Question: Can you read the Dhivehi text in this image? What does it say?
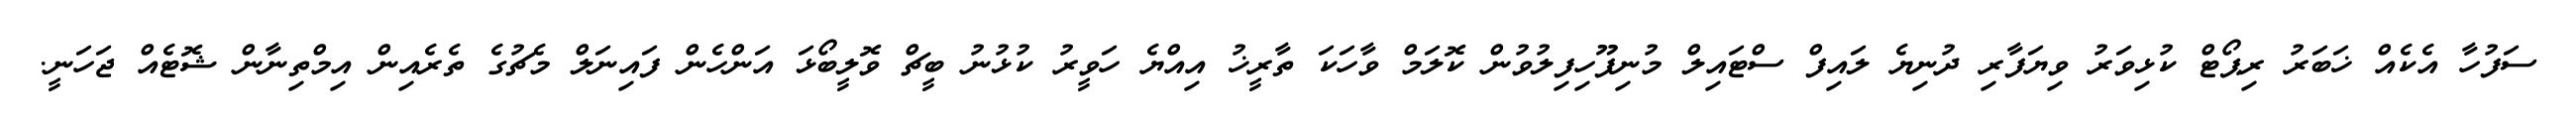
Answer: ސަފުހާ އެކެއް ޚަބަރު ރިޕޯޓް ކުޅިވަރު ވިޔަފާރި ދުނިޔެ ލައިފް ސްޓައިލް މުނިފޫހިފިލުވުން ކޮލަމް ވާހަކަ ތާރީޚު އިއްޔެ ހަވީރު ކުޅުނު ބީޗް ވޮލީބޯޅަ އަންހެން ފައިނަލް މެޗުގެ ތެރެއިން އިމްތިނާން ޝޮޓެއް ޖަހަނީ.